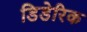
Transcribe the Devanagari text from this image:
डिडेरिक